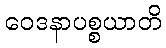
ဝေဒနာပစ္စယာတိ